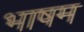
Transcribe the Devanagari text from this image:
भाषम